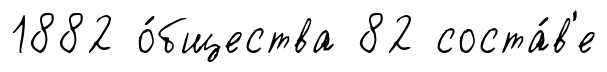
1882 о́бщества 82 соста́в'е